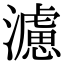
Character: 濾